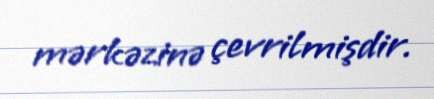
mərkəzinə çevrilmişdir.